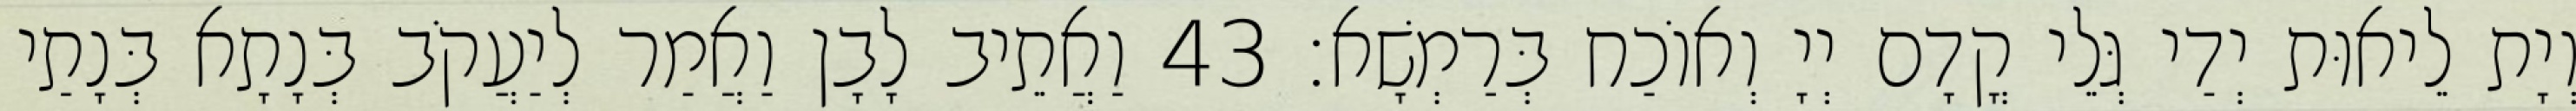
וְיָת לֵיאוּת יְדַי גְּלֵי קֳדָם יְיָ וְאוֹכַח בְּרַמְשָׁא׃ 43 וַאֲתֵיב לָבָן וַאֲמַר לְיַעֲקֹב בְּנָתָא בְּנָתַי